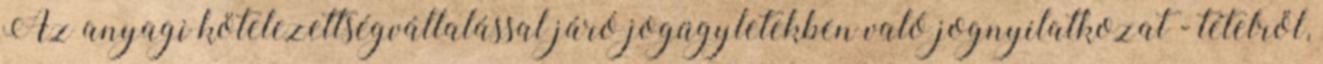
Az anyagi kötelezettségvállalással járó jogügyletekben való jognyilatkozat - tételről,